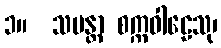
၁။  သမန္တာ စက္ကဝါဠေသု၊